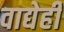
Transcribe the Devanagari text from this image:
वाद्येही